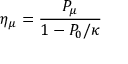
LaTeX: \eta _ { \mu } = \frac { P _ { \mu } } { 1 - P _ { 0 } / \kappa }